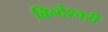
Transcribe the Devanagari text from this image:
विन्देश्वरी